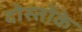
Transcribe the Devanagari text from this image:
दोस्तोंके